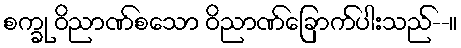
စက္ခု ဝိညာဏ်စသော ဝိညာဏ်ခြောက်ပါးသည်--။